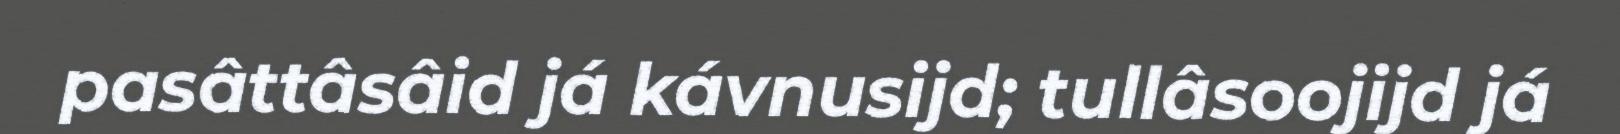
pasâttâsâid já kávnusijd; tullâsoojijd já